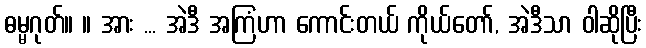
ဓမ္မဂုတ်။ ။ အား ... အဲဒီ အကြံဟာ ကောင်းတယ် ကိုယ်တော်, အဲဒီသာ ဝါဆိုပြီး